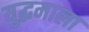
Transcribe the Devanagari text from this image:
युद्धमाला